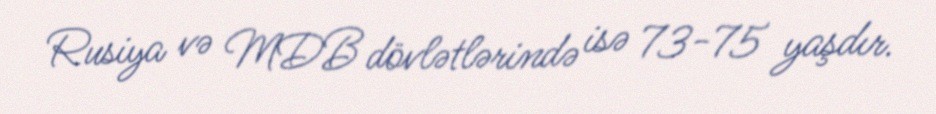
Rusiya və MDB dövlətlərində isə 73-75 yaşdır.